Vaccination returns of the Province of Eastern Bengal and Assam - 1905-1912
Year: 1905
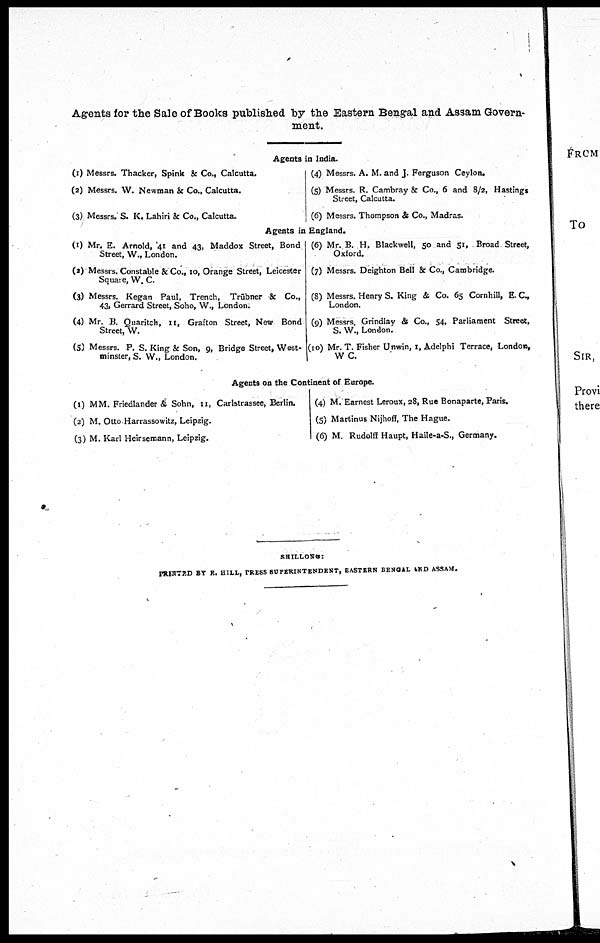
Agents for the Sale of Books published by the Eastern Bengal and Assam Govern-
ment.
Agents in India.
(1) Messrs. Thacker, Spink & Co., Calcutta.
(2) Messrs. W. Newman & Co., Calcutta.
(3) Messrs. S. K. Lahiri & Co., Calcutta.
(4) Messrs. A. M. and J. Ferguson Ceylon.
(5) Messrs. R. Cambray & Co., 6 and 8/2, Hastings
Street, Calcutta.
(6) Messrs. Thompson & Co., Madras.
Agents in England.
(1) Mr. E. Arnold, 41 and 43, Maddox Street, Bond
Street, W., London.
(2) Messrs. Constable & Co., 10, Orange Street, Leicester
Square,W. C.
(3) Messrs. Kegan Paul, Trench, Trübner & Co.,
43, Gerrard Street, Soho, W., London;
(4) Mr. B. Quaritch, 11, Grafton Street, New Bond
Street, W.
(5) Messrs. P. S. King & Son, 9, Bridge Street, West-
minster, S. W., London.
(6) Mr. B. H. Blackwell, 50 and 51, Broad Street,
Oxford.
(7) Messrs. Deighton Bell & Co., Cambridge.
(8) Messrs. Henry S. King & Co. 65 Cornhill, E. C.,
London.
(9) Messrs. Grindlay & Co., 54, Parliament Street,
S. W., London.
(10) Mr. T. Fisher Unwin, 1, Adelphi Terrace, London.
W. C.
Agents on the Continent of Europe.
(1) MM. Friedlander & Sohn, 11, Carlstrassee, Berlin.
(2) M. Otto-Harrassowitz, Leipzig.
(3) M. Karl Heirsemann, Leipzig.
(4) M. Earnest Leroux, 28, Rue Bonaparte, Paris.
(5) Martinus Nijhoff, The Hague.
(6) M. Rudolff Haupt, Haile-a-S., Germany.
SHILLONG:
PRINTED BY E. HILL, PRESS SUPERINTENDENT, EASTERN BENGAL AND ASSAM.